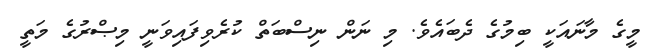
މީގެ މާނައަކީ ބިމުގެ ދެބައެވެ. މި ނަން ނިސްބަތް ކުރެވިފައިވަނީ މިޞްރުގެ މަތީ